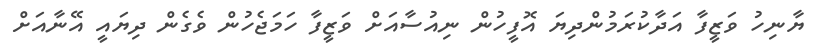
ޔާނިހު ވަޒީފާ އަދާކުރަމުންދިޔަ އޮފީހުން ނިއުސާއަށް ވަޒީފާ ހަމަޖެހުން ވެގެން ދިޔައީ އޭނާއަށް